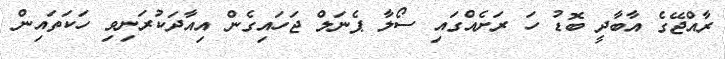
ރާއްޖޭގެ އާބާދީ ބޮޑު ހަ ރަށެއްގައި ސޯލާ ޕެނަލް ޖަހައިގެން އިއާދަކުރަނިވި ހަކަތައިން